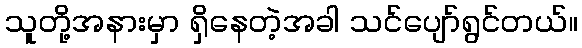
သူတို့အနားမှာ ရှိနေတဲ့အခါ သင်ပျော်ရွင်တယ်။